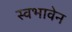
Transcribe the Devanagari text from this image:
स्वभावेन